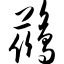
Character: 鹚